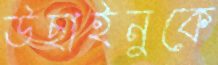
উছাইনুকে